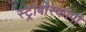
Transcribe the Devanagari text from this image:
स्ट्रोबोस्कोपी